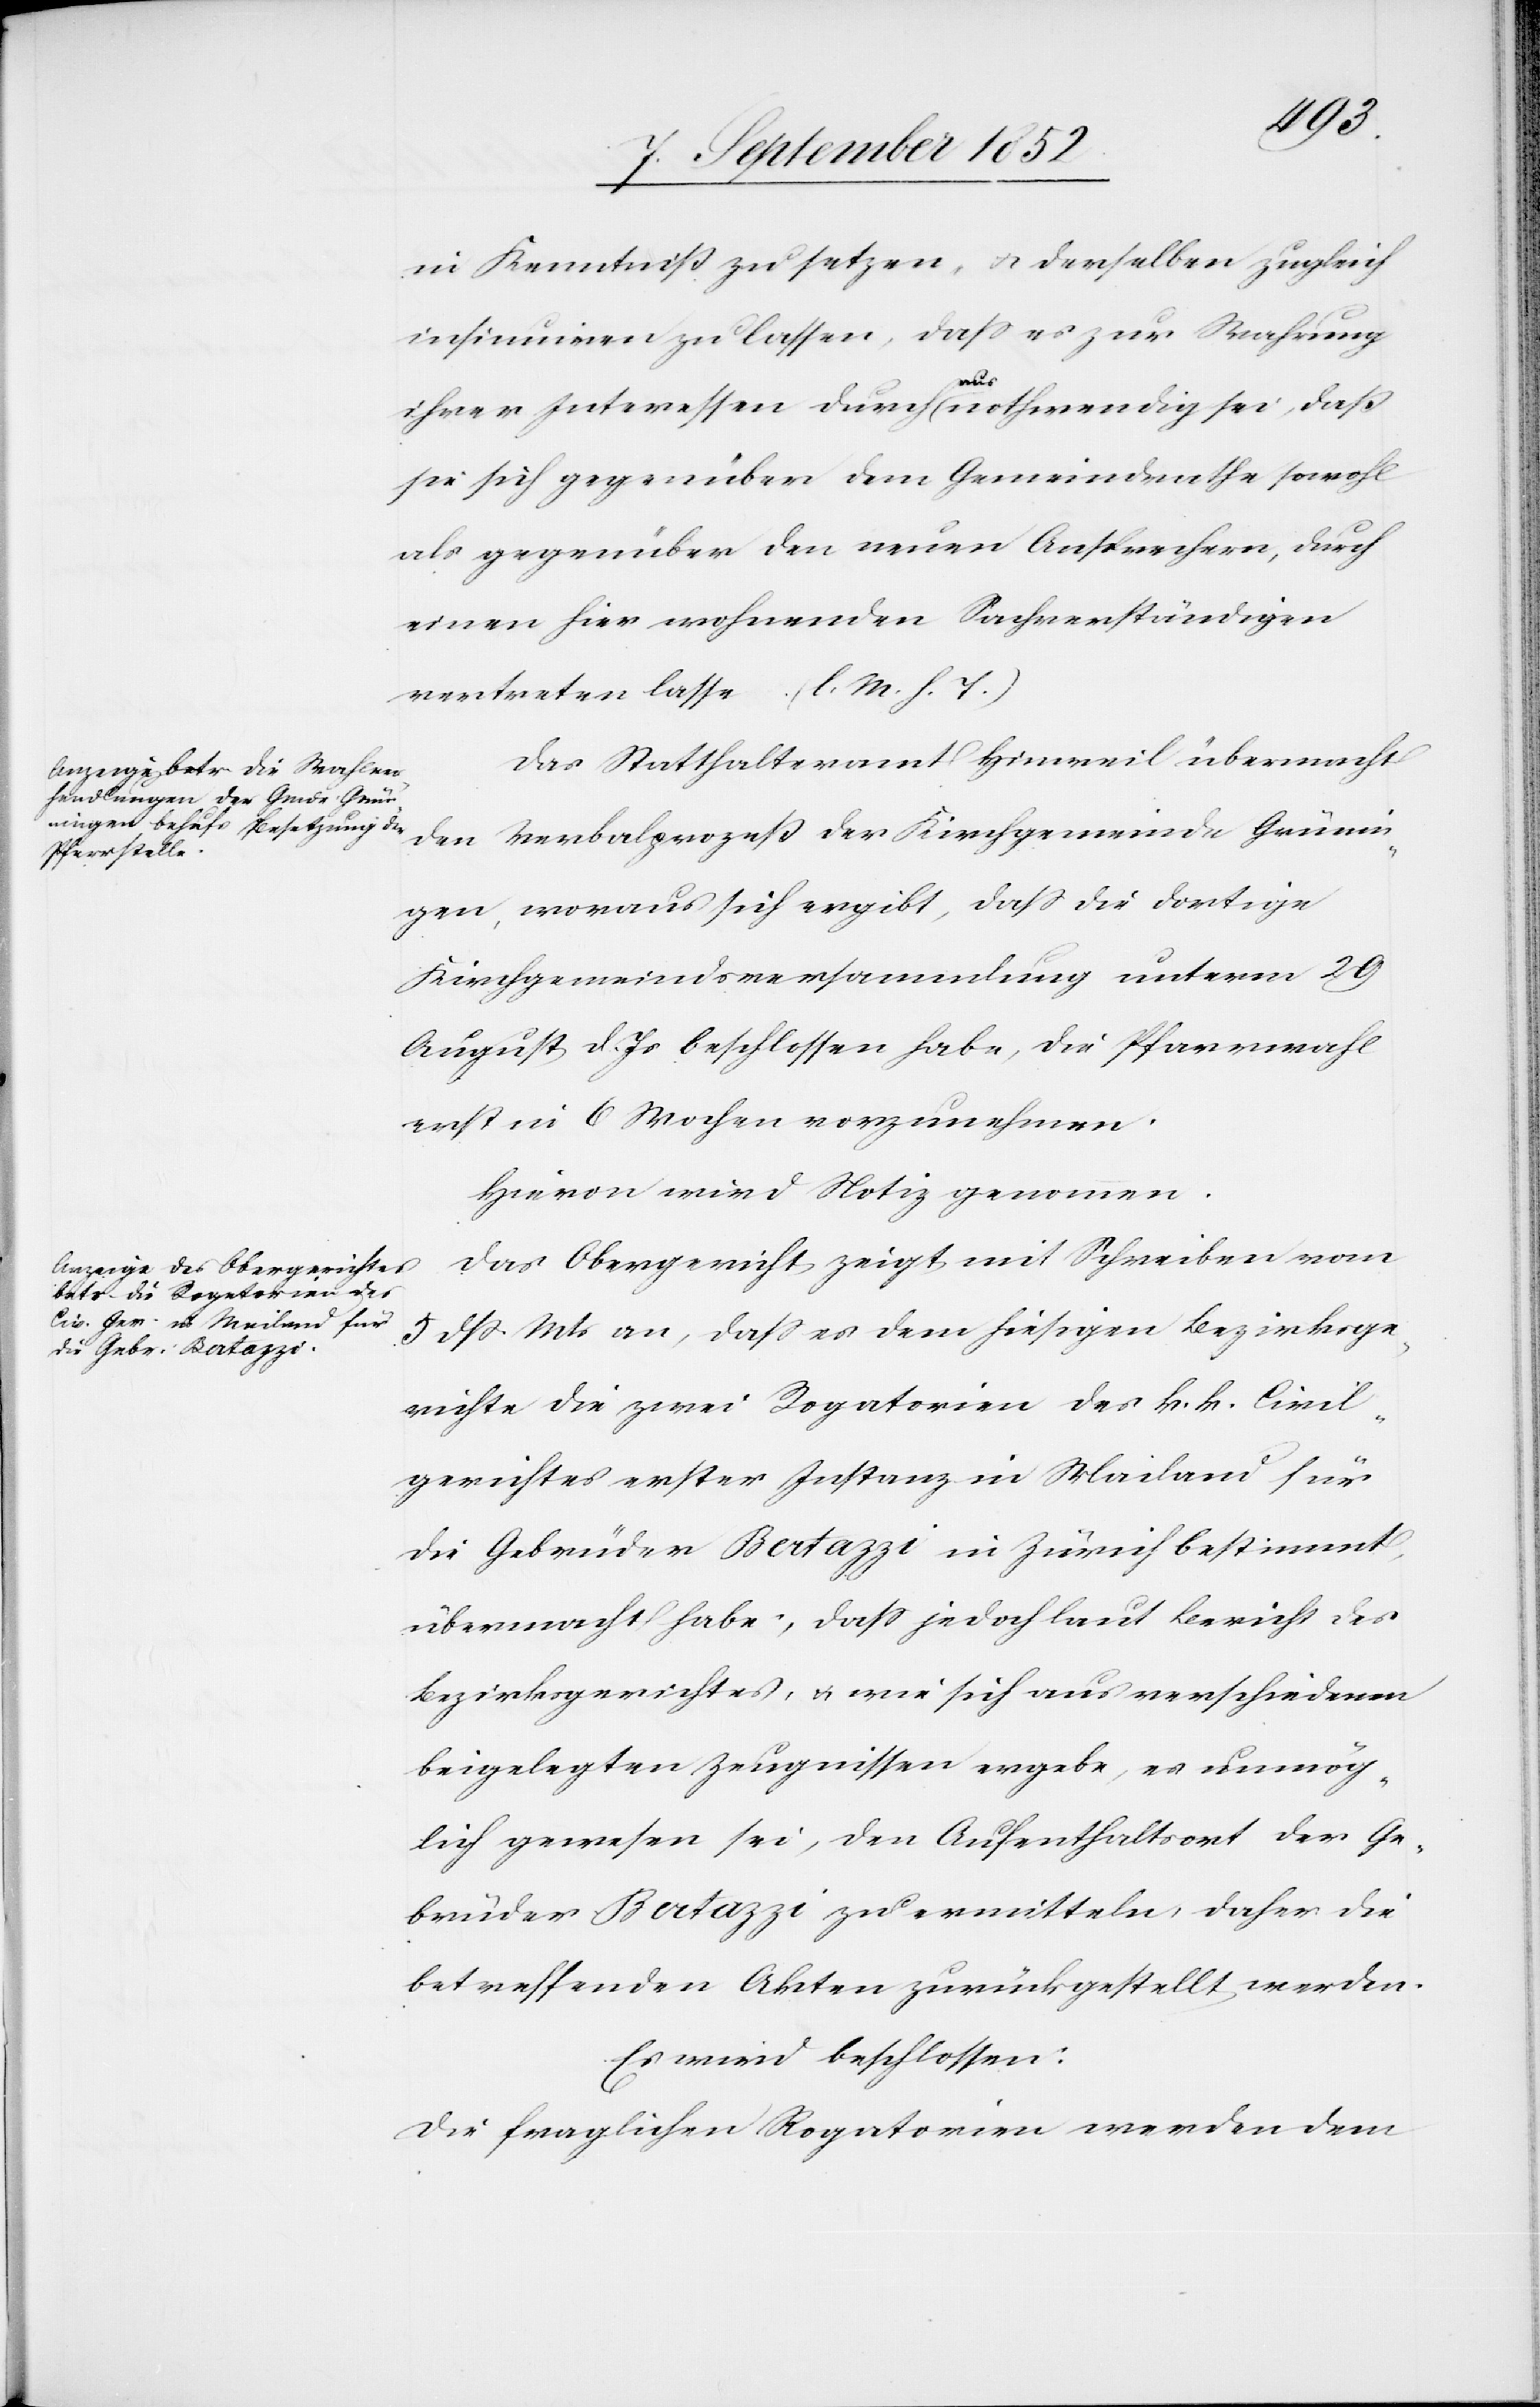
in Kenntniß zu setzen, & derselben zugleich
insinuiren zu lassen, dass es zur Wahrung
ihrer Interessen durchaus nothwendig sei, daß
sie sich gegenüber dem Gemeindrathe sowohl
als gegenüber den neuen Ansprechern, durch
einen hier wohnenden Sachverständigen
vertreten lasse. (l. M. h. T.)
Das Statthalteramt Hinweil übermacht
den Verbalprozeß der Kirchgemeinde Grünin¬
gen, woraus sich ergibt, dass die dortige
Kirchgemeindsversammlung unterm 29
August d. Js beschlossen habe, die Pfarrwahl
erst in 6 Wochen vorzunehmen.
Hievon wird Notiz genommen.
Das Obergericht zeigt mit Schreiben vom
5 dss. Mts an, dass es dem hiesigen Bezirksge¬
richte die zwei Rogatorien des k. k. Civil¬
gerichtes erster Instanz in Mailand für
die Gebrüder Bertazzi in Zürich bestimmt,
übermacht habe, dass jedoch laut Bericht des
Bezirksgerichtes, & wie sich aus verschiedenen
beigelegten Zeugnissen ergebe, es unmög¬
lich gewesen sei, den Aufenthaltsort der Ge¬
brüder Bertazzi zu ermitteln, daher die
betreffenden Akten zurückgestellt werden.
Es wird beschlossen:
Die fraglichen Rogatorien werden dem